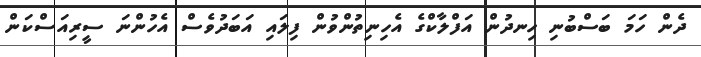
ދެން ހަމަ ބަސްބުނި ހިނދުން އަފްލާކްގެ އެހިނިތުންވުން ފިލައި އަބަދުވެސް އެހުންނަ ސީރިއަސްކަން